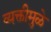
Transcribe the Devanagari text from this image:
व्यक्तीमुळे